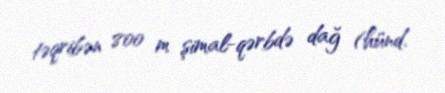
təqribən 800 m şimal-qərbdə dağ (hünd.